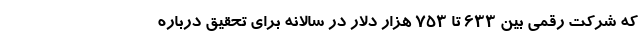
که شرکت رقمی بین 633 تا 753 هزار دلار در سالانه برای تحقیق درباره